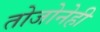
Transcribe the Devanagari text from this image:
तोजोनेही